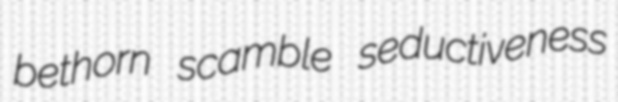
bethorn scamble seductiveness